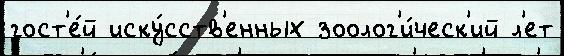
гост'е́й иску́сств'енных зоолог'и́ческ'ий л'ет